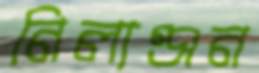
নিলাঞ্জন